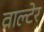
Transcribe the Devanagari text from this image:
वाल्टेर